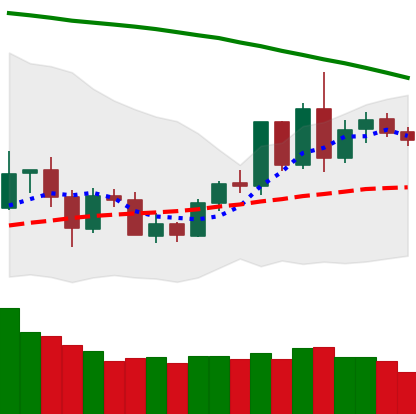
Ticker: LTC-USD
Chart end date: 2020-06-06
Forward return: -6.885%
Label: down_5_7